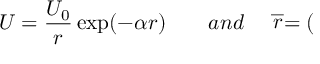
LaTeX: U = \frac { U _ { 0 } } { r } \exp ( - \alpha r ) { \qquad a n d \quad } \stackrel { \_ } { r } = (